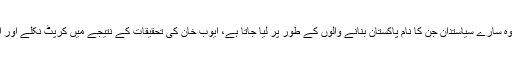
آپ کو حیرت ہو گی کہ وہ سارے سیاستدان جن کا نام پاکستان بنانے والوں کے طور پر لیا جاتا ہے، ایوب خان کی تحقیقات کے نتیجے میں کرپٹ نکلے اور ان پر پابندی لگا دی گئی۔